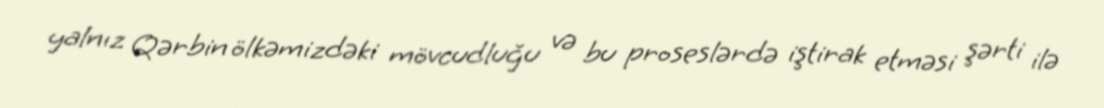
yalnız Qərbin ölkəmizdəki mövcudluğu və bu proseslərdə iştirak etməsi şərti ilə